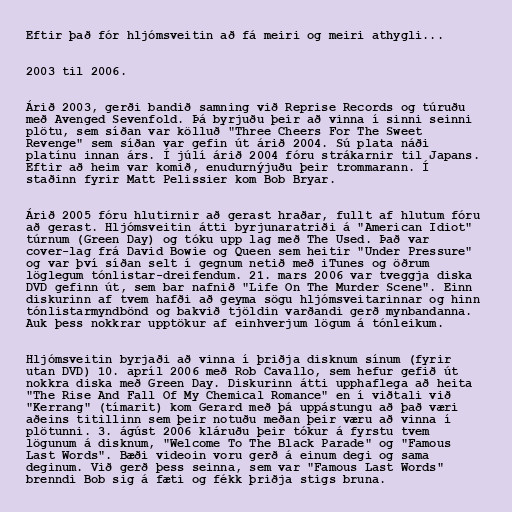
Eftir það fór hljómsveitin að fá meiri og meiri athygli...

2003 til 2006.

Árið 2003, gerði bandið samning við Reprise Records og túruðu
með Avenged Sevenfold. Þá byrjuðu þeir að vinna í sinni seinni
plötu, sem síðan var kölluð "Three Cheers For The Sweet
Revenge" sem síðan var gefin út árið 2004. Sú plata náði
platínu innan árs. Í júlí árið 2004 fóru strákarnir til Japans.
Eftir að heim var komið, enudurnýjuðu þeir trommarann. Í
staðinn fyrir Matt Pelissier kom Bob Bryar.

Árið 2005 fóru hlutirnir að gerast hraðar, fullt af hlutum fóru
að gerast. Hljómsveitin átti byrjunaratriði á "American Idiot"
túrnum (Green Day) og tóku upp lag með The Used. Það var
cover-lag frá David Bowie og Queen sem heitir "Under Pressure"
og var því síðan selt í gegnum netið með iTunes og öðrum
löglegum tónlistar-dreifendum. 21. mars 2006 var tveggja diska
DVD gefinn út, sem bar nafnið "Life On The Murder Scene". Einn
diskurinn af tvem hafði að geyma sögu hljómsveitarinnar og hinn
tónlistarmyndbönd og bakvið tjöldin varðandi gerð mynbandanna.
Auk þess nokkrar upptökur af einhverjum lögum á tónleikum.

Hljómsveitin byrjaði að vinna í þriðja disknum sínum (fyrir
utan DVD) 10. apríl 2006 með Rob Cavallo, sem hefur gefið út
nokkra diska með Green Day. Diskurinn átti upphaflega að heita
"The Rise And Fall Of My Chemical Romance" en í viðtali við
"Kerrang" (tímarit) kom Gerard með þá uppástungu að það væri
aðeins titillinn sem þeir notuðu meðan þeir væru að vinna í
plötunni. 3. ágúst 2006 kláruðu þeir tókur á fyrstu tvem
lögunum á disknum, "Welcome To The Black Parade" og "Famous
Last Words". Bæði videoin voru gerð á einum degi og sama
deginum. Við gerð þess seinna, sem var "Famous Last Words"
brenndi Bob sig á fæti og fékk þriðja stigs bruna.